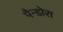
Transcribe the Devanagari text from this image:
पैन्डोरा